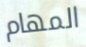
المهام